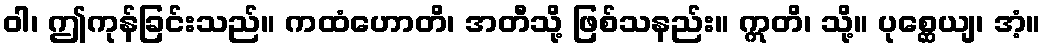
ဝါ၊ ဤကုန်ခြင်းသည်။ ကထံဟောတိ၊ အတီသို့ ဖြစ်သနည်း။ ဣတိ၊ သို့။ ပုစ္ဆေယျ၊ အံ့။